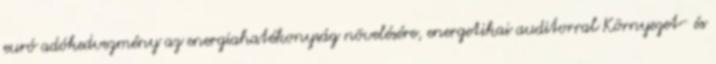
eu­ró adó­ked­vez­mény az ener­gia­ha­té­kony­ság nö­ve­lé­sé­re, ener­ge­ti­kai au­di­tor­ral Környezet- és